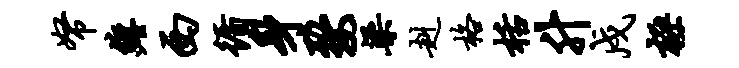
帑缠西循身婺梁赳格栝升戍极